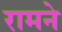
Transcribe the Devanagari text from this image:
रामने